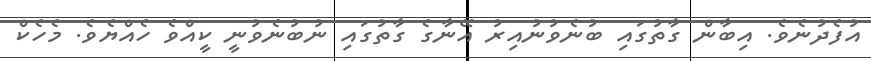
އުފެދުނެވެ. އިބާން ގާތުގައި ބުނެވުނުއިރު އޭނާގެ ގާތުގައި ނުބުނެވުނީ ކީއްވެ ހެއްޔެވެ. މެހެކް